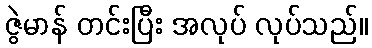
ဇွဲမာန် တင်းပြီး အလုပ် လုပ်သည်။